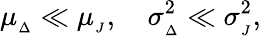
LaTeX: \mu_{_{\Delta}}\ll\mu_{_{J}},\quad\sigma_{_{\Delta}}^{2}\ll\sigma_{_{J}}^{2},